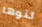
لتوها